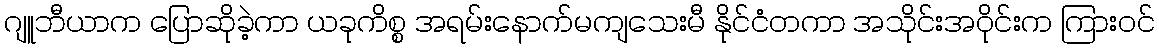
ဂျူဘီယာက ပြောဆိုခဲ့ကာ ယခုကိစ္စ အရမ်းနောက်မကျသေးမီ နိုင်ငံတကာ အသိုင်းအဝိုင်းက ကြားဝင်